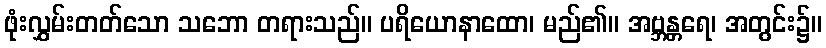
ဖုံးလွှမ်းတတ်သော သဘော တရားသည်။ ပရိယောနာထော၊ မည်၏။ အဗ္ဘန္တရေ၊ အတွင်း၌။